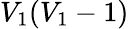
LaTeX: V_{1}(V_{1}-1)